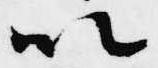
以